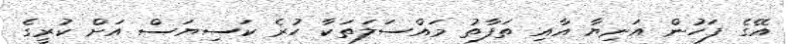
އޭގެ ފަހުން އަނިޔާ އާއި ތަފާތު މައްސަލަތަކާ ހުރެ ކަސިޔަސް އަށް ކުރީގެ